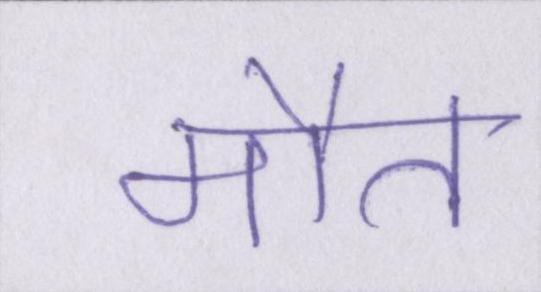
मौत